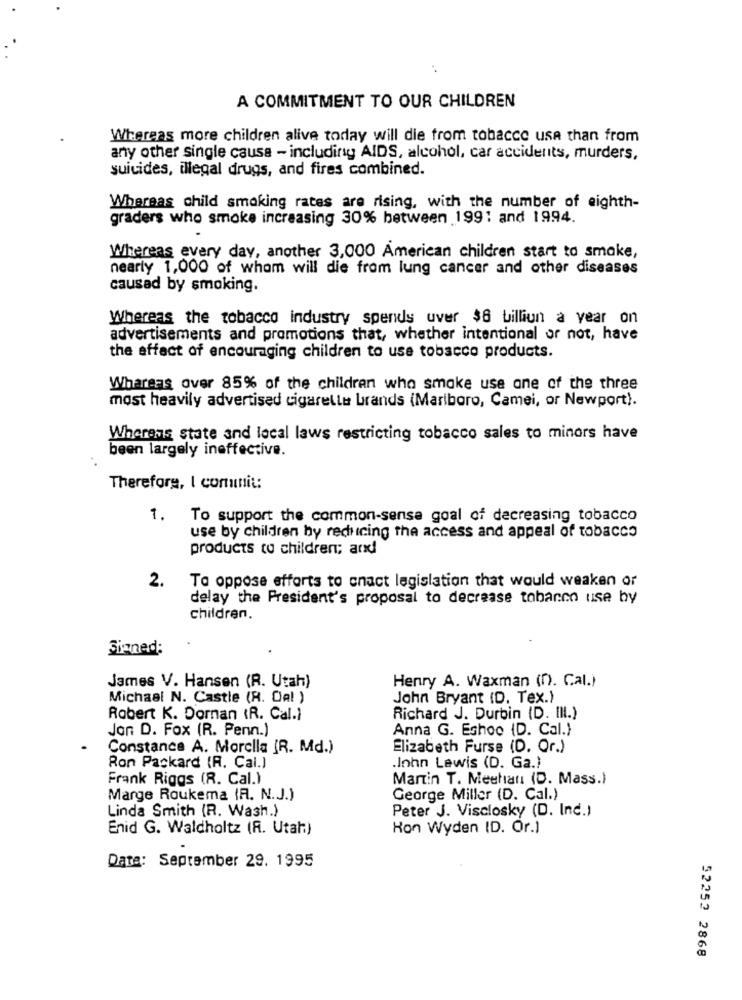
A COMMITMENT TO OUR CHILDREN
Whereas more children alive today will die from tobacco usa than from
any other single causa - including AIDS, alcohol, car accidents, murders,
suicides, illegal drugs, and fires combined.
Whereas child smoking rates are rising, with the number of eighth-
graders who smoke increasing 30% between 1991 and 1994.
Whereas every day, another 3,000 American children start to smoke,
nearly 1,000 of whom will die from lung cancer and other diseases
causad by smoking.
Whereas the tobacco industry spends over $8 billion a year on
advertisements and promotions that, whether intentional or not, have
the effect of encouraging children to use tobacco products.
Whareas over 85% of the children who smake use one of the three
most heavily advertised cigarette brands (Marlboro, Camei, or Newport).
Wherens state and local laws restricting tobacco sales to minors have
been largely ineffective.
Therefore, I comuni ::
1.
To support the common-sense goal of decreasing tobacco
use by children by reducing the access and appeal of tobacco
products to children; and!
2.
To oppose efforts to cnact legislation that would weaken or
delay the President's proposal to decrease tobacco use by
children.
Signed:
Henry A. Waxman (n). Cal.)
James V. Hansen (R. Utah)
Michael N. Castle (R. Da! )
John Bryant (D. Tex.)
Robert K. Dornan (R. Cal.]
Richard J. Durbin (D. IN.)
Jon D. Fox (R. Penn.)
Anna G. Eshoo {D. Cal.}
Constance A. Morella [R. Md.)
Elizabeth Furse (D. Or.)
Ron Packard (R. Cal.]
.Inhn Lewis (D. Ga.)
Frank Riggs (R. Cal.)
Martin T. Meehanı (D. Mass.)
Marge Roukema (R. N.J.)
George Miller (D. Cal.)
Linda Smith (R. Wash.)
Peter J. Visclosky (D. Inc.)
Enid G. Waldholtz (A. Utah)
Hon Wyden ID. Or.)
Date: September 29. 1995
52252 2868